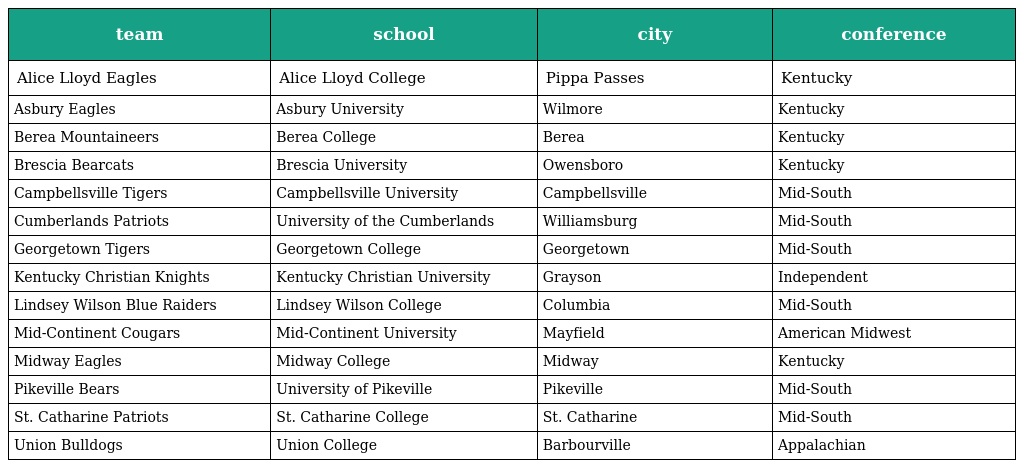
| team | school | city | conference |
 | --- | --- | --- | --- |
 | Alice Lloyd Eagles | Alice Lloyd College | Pippa Passes | Kentucky |
 | Asbury Eagles | Asbury University | Wilmore | Kentucky |
 | Berea Mountaineers | Berea College | Berea | Kentucky |
 | Brescia Bearcats | Brescia University | Owensboro | Kentucky |
 | Campbellsville Tigers | Campbellsville University | Campbellsville | Mid-South |
 | Cumberlands Patriots | University of the Cumberlands | Williamsburg | Mid-South |
 | Georgetown Tigers | Georgetown College | Georgetown | Mid-South |
 | Kentucky Christian Knights | Kentucky Christian University | Grayson | Independent |
 | Lindsey Wilson Blue Raiders | Lindsey Wilson College | Columbia | Mid-South |
 | Mid-Continent Cougars | Mid-Continent University | Mayfield | American Midwest |
 | Midway Eagles | Midway College | Midway | Kentucky |
 | Pikeville Bears | University of Pikeville | Pikeville | Mid-South |
 | St. Catharine Patriots | St. Catharine College | St. Catharine | Mid-South |
 | Union Bulldogs | Union College | Barbourville | Appalachian |